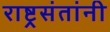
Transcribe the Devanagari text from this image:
राष्ट्रसंतांनी